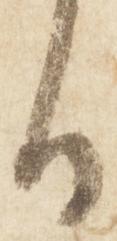
日